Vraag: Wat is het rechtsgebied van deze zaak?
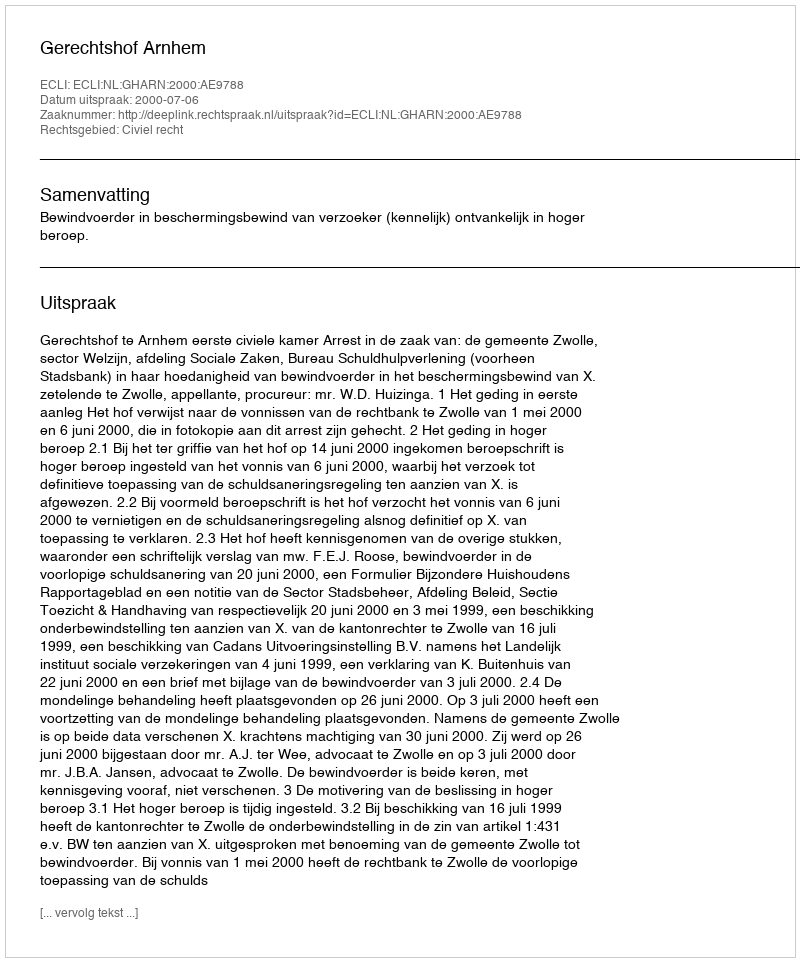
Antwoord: Civiel recht